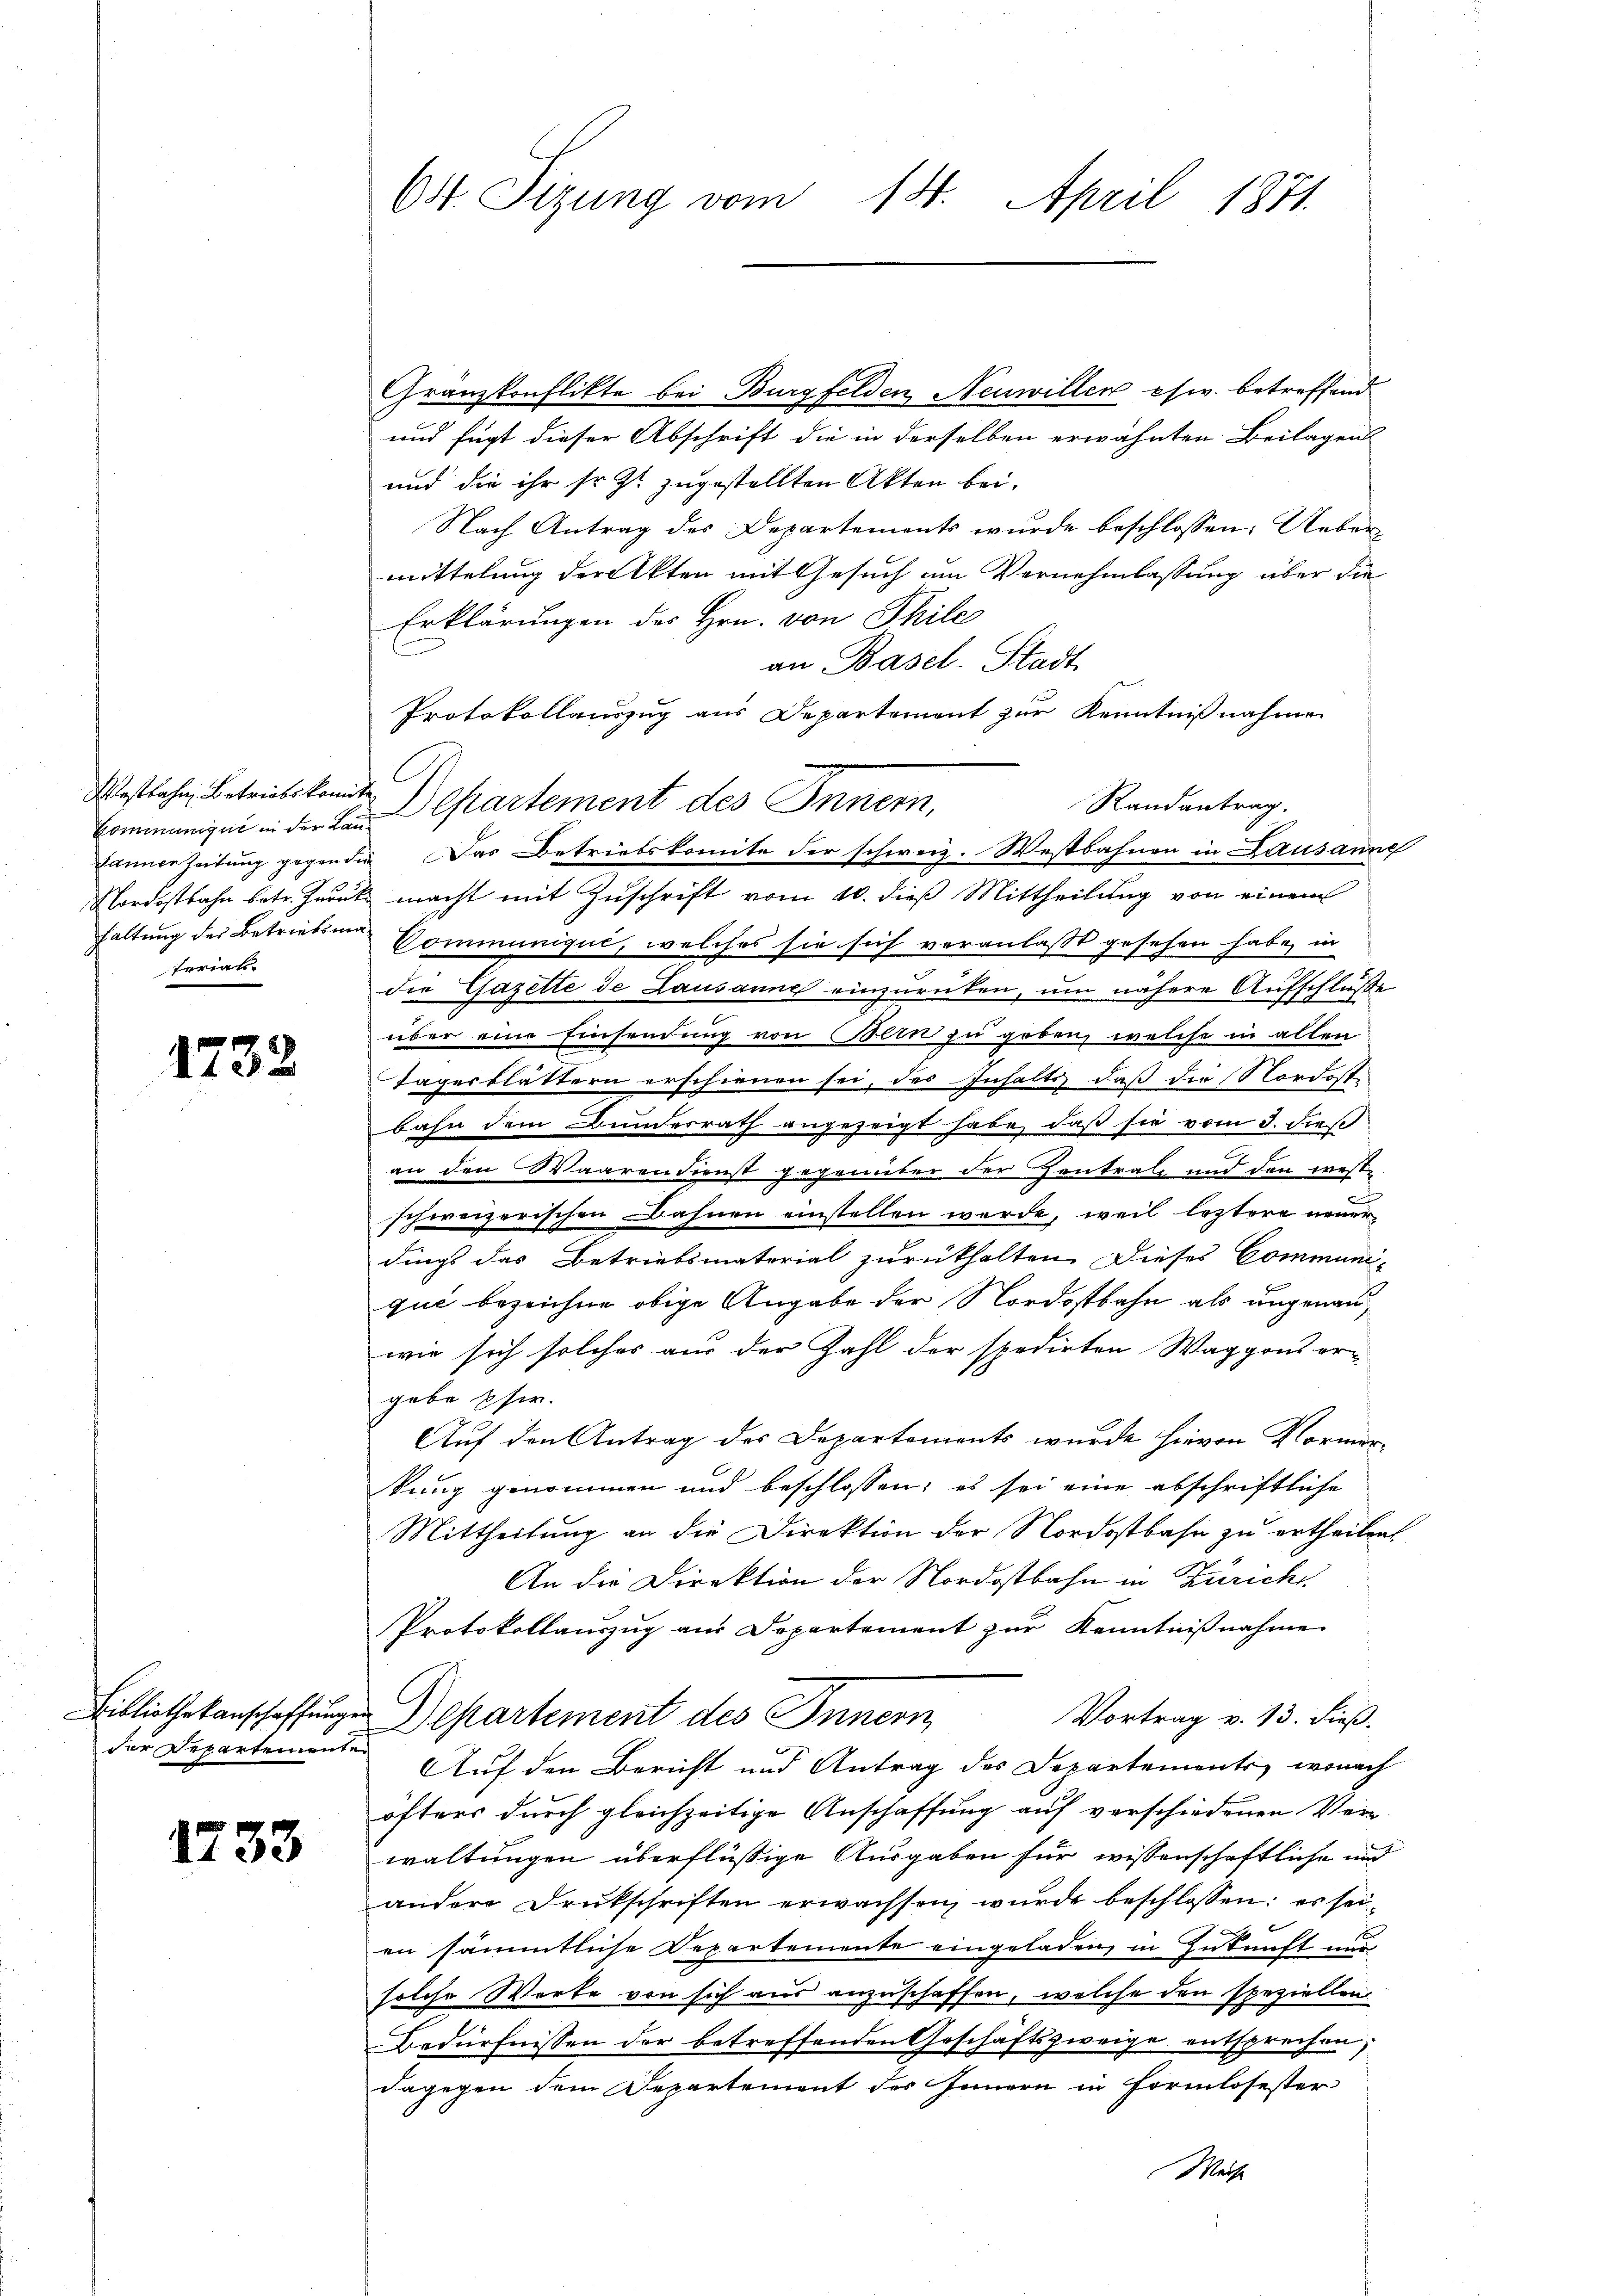
Westbahn Betriebskomite
haltung des Betriebsma
terian.

1732

der Departemente

1733

64. Sizung vom 14. April 1871.

Gränzkonflikte bei Burgfelden Neuwillen esw. betreffend
und fügt dieser Abschrift die in derselben erwähnten Beilagen
und die ihr sr. Zt. zugestellten Akten bei.
Nach Antrag des Departements wurde beschlossen: Uebermittelung der Akten mit Gesuch im Vernehmlassung über die
Erklärungen des Hrn. von Thile
an Basel-Stadt
Protokollauszug aus Departement zur Kenntnißnahmen
Randantrag.
Commaniger in der L. Cartement des Innern,
Nordostbahn betr. Zurück macht mit Zuschrift vom 10. dieß Mittheilung von einem
Dommunique, welches sie sich veranlaßt gesehen habe, in
die Gazette de Lausanne einzurüken, um nähere Aufschluße
über eine Einsendung von Bern zu geben, welche in allen
Tagesblättern erschienen sei, des Inhalts, daß die Nordostbahn dem Bundesrath angezeigt habe, daß sie vom 3. dieß
an den Waarendienst gegenüber der Zentratz und den westschweizerischen Bahnen einstellen werde, weil leztere neuerdings das Betriebsmatorial zurückhalten. Dieses Communiqué bezeichne obige Angabe der Nordostbahn als ungenannwie sich solches aus der Zahl der spedirten Waggons er-
gebe pfer.
Auf den Antrag des Departements wurde hievon Normerkung genommen und beschlossen; es sei eine abschriftliche
Mittheilung an die Direktion der Nordostbahn zu ertheilen.
An die Direktion der Nordostbahn in Züricht
Protokollauszug aus Departement zur Kenntnißnahme
Bibliothekanschaffungen Departement des Innern,
Vortrag v. 13. dieß.
Auf den Bericht und Antrag des Departements, wonach
öfters durch gleichzeitige Anschaffung auf verschiedenen Verwaltungen überflüßige Ausgaben für wissenschaftliche und
andere Drukschriften erwachsen wurde beschlossen: es seig
en sämmtliche Departemente eingeladen, in Zukunft nur
solche Worte von sich aus anzuschaffen, welche den speziellen
Bedürfnissen der betreffenden Geschäftszweige entsprechen;
dagegen dem Departement des Innern in Formlosester
Weise

Faunerzeitung gegen die Das Betriebskomite der schweiz. Westbahnen in Lausanne